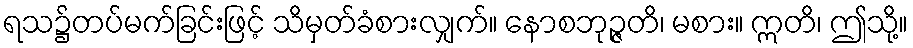
ရသ၌တပ်မက်ခြင်းဖြင့် သိမှတ်ခံစားလျှက်။ နောစဘုဉ္ဇတိ၊ မစား။ ဣတိ၊ ဤသို့။